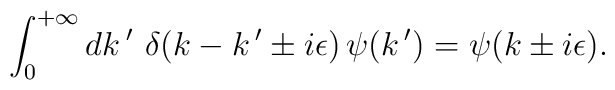
\int_0^{+\infty} dk\,'\,\,\delta(k-k\,'\pm i\epsilon)\,\psi (k\,')=\psi (k \pm i\epsilon).